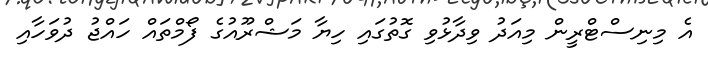
އެ މިނިސްޓްރީން މިއަދު ވިދާޅުވި ގޮތުގައި ހިޔާ މަޝްރޫއުގެ ފޯމްތައް ހައްޖު ދުވަހާއި